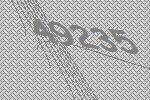
49235